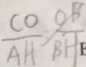
\frac { C O } { A H } = \frac { O B } { B H E }